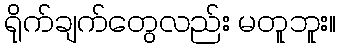
ရိုက်ချက်တွေလည်း မတူဘူး။